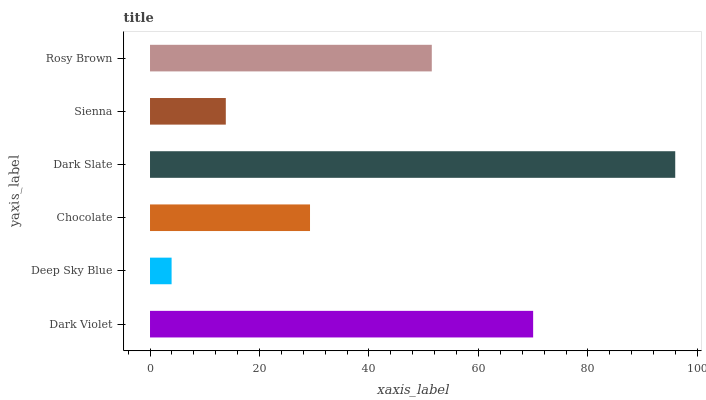
| yaxis_label | bars |
 | --- | --- |
 | Dark Violet | 70 |
 | Deep Sky Blue | 3.94 |
 | Chocolate | 29.2 |
 | Dark Slate | 95.9 |
 | Sienna | 13.8 |
 | Rosy Brown | 51.5 |